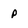
Character: P